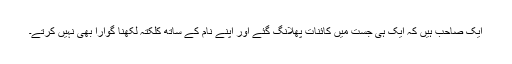
ایک صاحب ہیں کہ ایک ہی جست میں کائنات پھلانگ گئے اور اپنے نام کے ساتھ کلکتہ لکھنا گوارا بھی نہیں کرتے۔